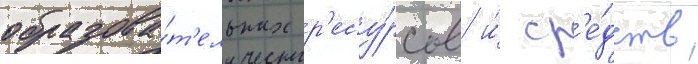
образова́т'ельных р'есу́рсов и́ ср'е́дств